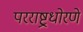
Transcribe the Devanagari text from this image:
परराष्ट्रधोरणे